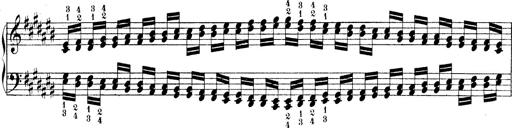
Title: Technische Studien
Composer: Franz Liszt